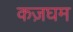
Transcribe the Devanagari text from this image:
कज़घम